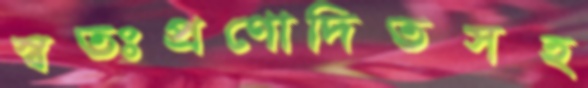
স্বতঃপ্রণোদিতসহ